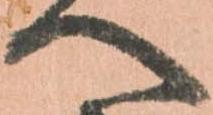
へ